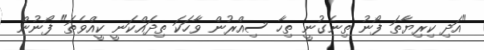
"އަދި ކިރިޔާތަ ފޯނު ތިނެގުނީ ތިހާ ސިއްރުން ވާހަކަ ތިދައްކަނީ ކީއްވެތަ" ފޯނުން